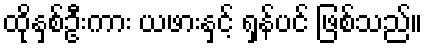
ထိုနှစ်ဦးကား ယဖားနှင့် ရှန်ပင် ဖြစ်သည်။